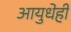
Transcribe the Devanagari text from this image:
आयुधेही